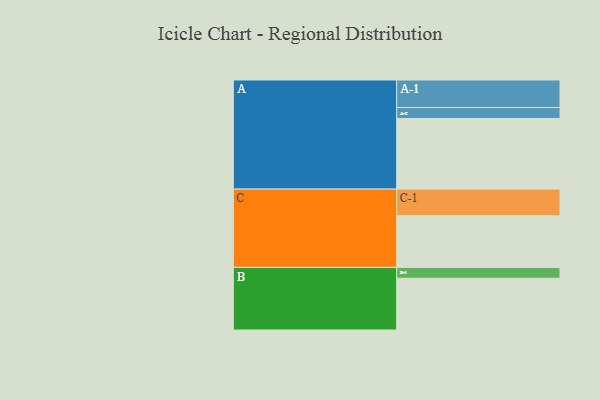
{"axis": {"x": "Segment", "y": "Value"}, "legend": ["", "A", "B", "C"], "data": [{"x": "A", "y": 521, "type": ""}, {"x": "B", "y": 382, "type": ""}, {"x": "C", "y": 381, "type": ""}, {"x": "A-1", "y": 203, "type": "A"}, {"x": "A-2", "y": 81, "type": "A"}, {"x": "B-1", "y": 80, "type": "B"}, {"x": "C-1", "y": 197, "type": "C"}]}